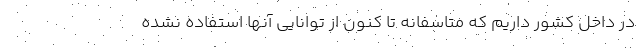
در داخل کشور داریم که متاسفانه تا کنون از توانایی آنها استفاده نشده